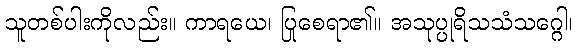
သူတစ်ပါးကိုလည်း။ ကာရယေ၊ ပြုစေရာ၏။ အသုပ္ပုရိသသံသဂ္ဂေါ၊